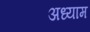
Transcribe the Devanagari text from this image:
अध्याम